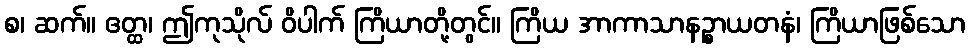
စ၊ ဆက်။ ဧတ္ထ၊ ဤကုသိုလ် ဝိပါက် ကြိယာတို့တွင်။ ကြိယ အာကာသာနဉ္စာယတနံ၊ ကြိယာဖြစ်သော